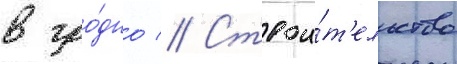
в гро́дно // Строи́т'ельство